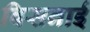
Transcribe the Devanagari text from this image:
बिसनाई